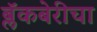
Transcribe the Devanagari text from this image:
ब्लॅकबेरीचा